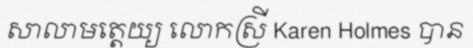
សាលាមត្តេយ្យ លោកស្រី Karen Holmes បាន